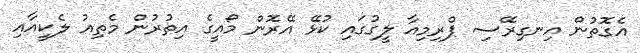
އެގޮތުން އިނގިރޭސި ޕްރިމިއާ ލީގުގައި ކުޅޭ އޭރޮން މޯއީގެ އިތުރުން މެތިއު ލެކީއާއި